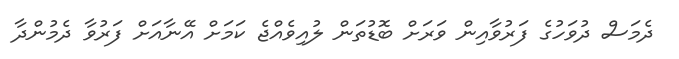
ދެމަސް ދުވަހުގެ ފަރުވާއިން ވަރަށް ބޮޑުތަން ލުއިވެއްޖެ ކަމަށް އޭނާއަށް ފަރުވާ ދެމުންދާ